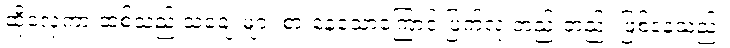
ထိုလှေကားထစ်သည် သံချေးများ စားနေသောကြောင့် ပြက်လု တည်းတည်း ဖြစ်နေသည်။